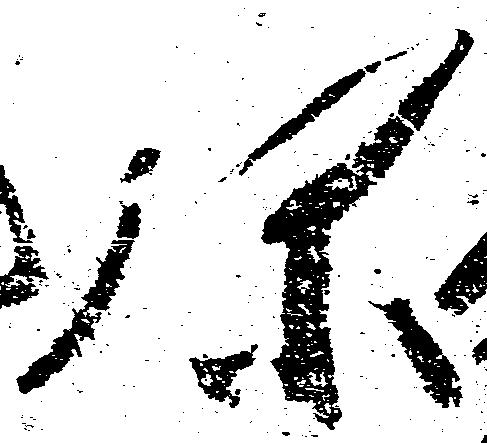
弥